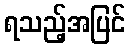
ရသည့်အပြင်